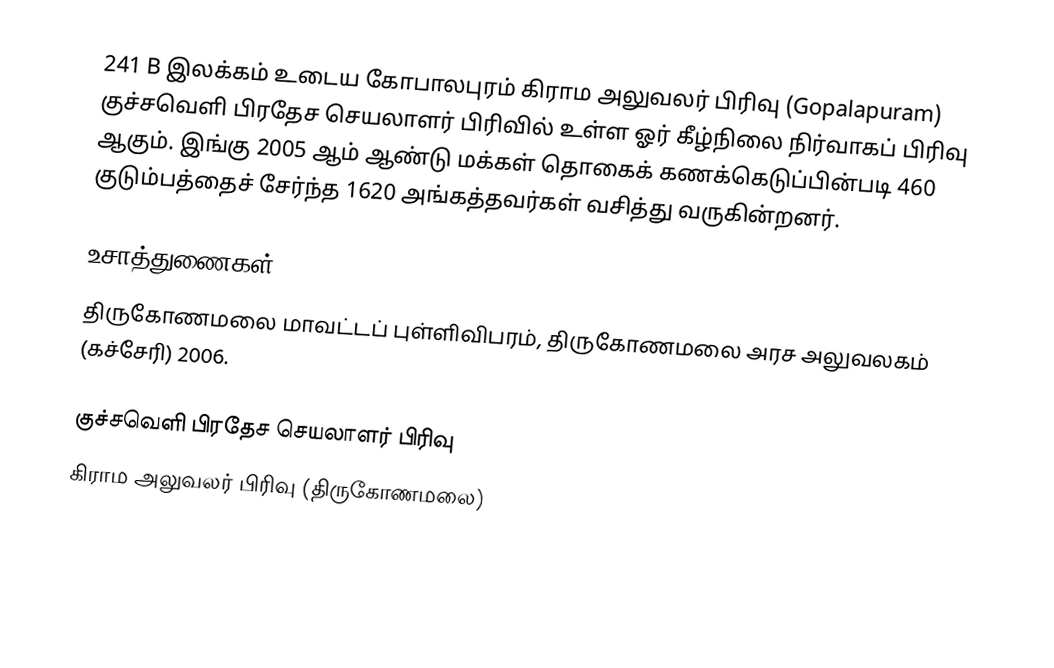
241 B இலக்கம்  உடைய கோபாலபுரம் கிராம அலுவலர் பிரிவு (Gopalapuram) குச்சவெளி பிரதேச செயலாளர் பிரிவில் உள்ள ஓர் கீழ்நிலை நிர்வாகப் பிரிவு ஆகும். இங்கு 2005 ஆம் ஆண்டு மக்கள் தொகைக் கணக்கெடுப்பின்படி 460 குடும்பத்தைச் சேர்ந்த 1620 அங்கத்தவர்கள் வசித்து வருகின்றனர்.

உசாத்துணைகள்
திருகோணமலை மாவட்டப் புள்ளிவிபரம்,  திருகோணமலை அரச அலுவலகம் (கச்சேரி) 2006.

குச்சவெளி பிரதேச செயலாளர் பிரிவு
கிராம அலுவலர் பிரிவு (திருகோணமலை)